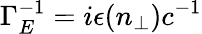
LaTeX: \Gamma_{E}^{-1}=i\epsilon(n_{\perp})c^{-1}